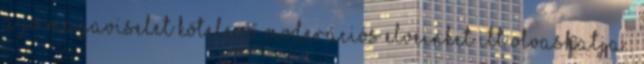
a jó magaviselet kötelező Moderációs elveinket itt olvashatja .